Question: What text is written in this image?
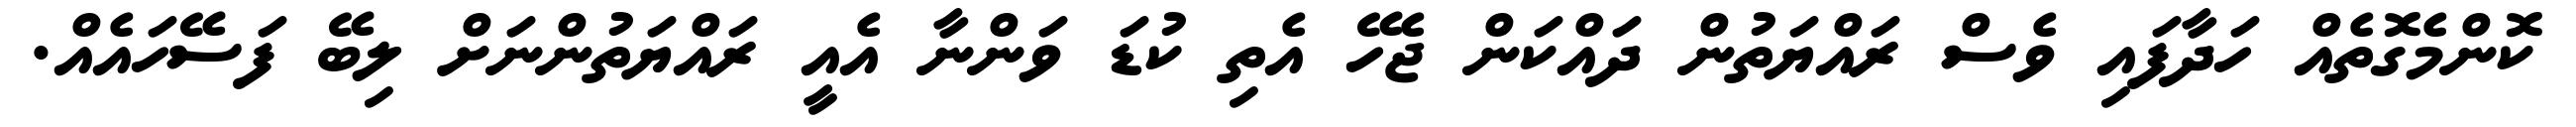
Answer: ކޮންމެގޮތެއް ހަދާފައި ވެސް ރައްޔަތުން ދައްކަން ޖެހޭ އެތި ކުޑަ ވަންނާ އެއީ ރައްޔަތުންނަށް ލިބޭ ފަސޭހައެއް.